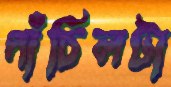
পাঁচিলটা